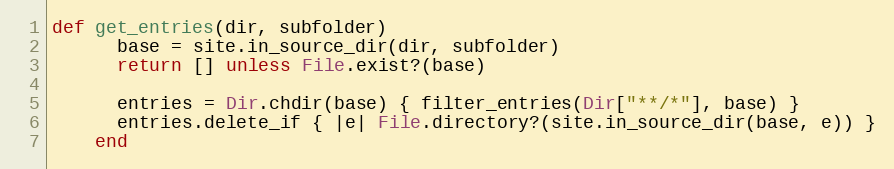
Language: Ruby
def get_entries(dir, subfolder)
      base = site.in_source_dir(dir, subfolder)
      return [] unless File.exist?(base)

      entries = Dir.chdir(base) { filter_entries(Dir["**/*"], base) }
      entries.delete_if { |e| File.directory?(site.in_source_dir(base, e)) }
    end